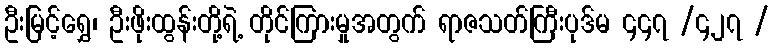
ဦးမြင့်ရွှေ၊ ဦးဖိုးထွန်းတို့ရဲ့ တိုင်ကြားမှုအတွက် ရာဇသတ်ကြီးပုဒ်မ ၄၄၇ /၄၂၇ /